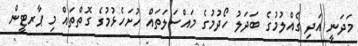
މަދަނީ އަދި ގެއްލުމުގެ ބަދަލު ހޯދުމުގެ މައްސަލަތައް ހުށަހެޅުމުގެ ގޮތްތައް މި ޕާރޓީން